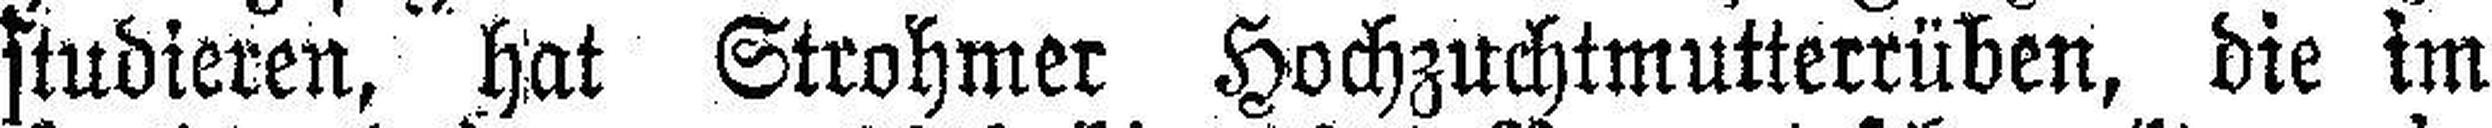
studieren, hat Strohmer Hochzuchtmutterrüben, die im